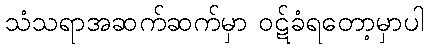
သံသရာအဆက်ဆက်မှာ ဝဋ်ခံရတော့မှာပါ